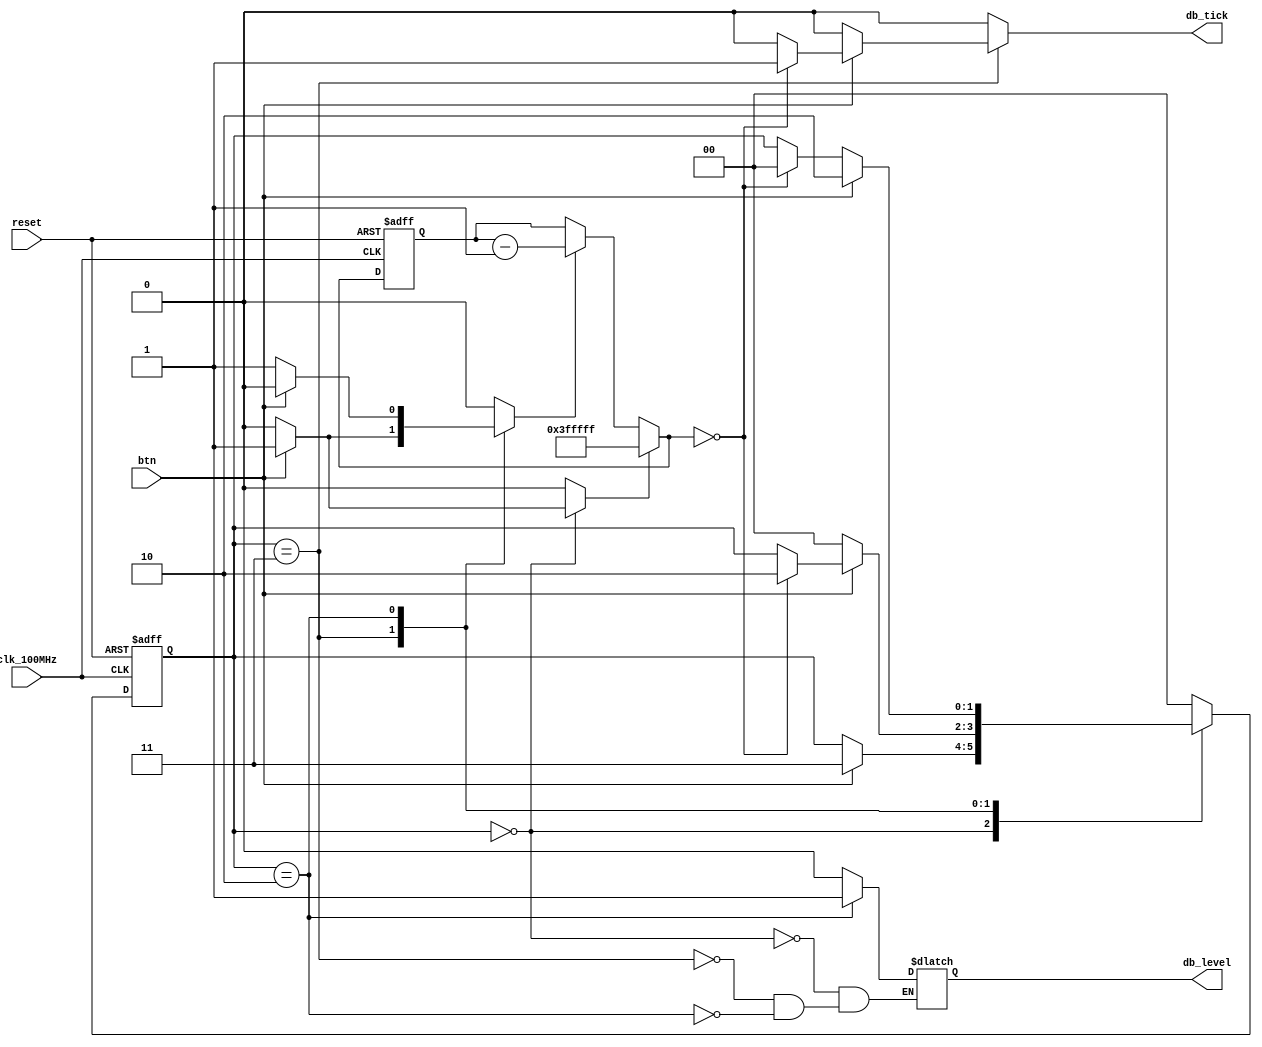
// This program was cloned from: https://github.com/FPGADude/Digital-Design
// License: GNU General Public License v3.0

`timescale 1ns / 1ps
//////////////////////////////////////////////////////////////////////////////////////////
// Reference book:
// "FPGA Prototyping by Verilog Examples"
// "Xilinx Spartan-3 Version"
// Dr. Pong P. Chu
// Wiley
//
// Adapted for Artix-7
// David J. Marion
//
// Comments:
// - From examples in the book, its seems that db_level is used for switches
//   while db_tick is used for buttons
//////////////////////////////////////////////////////////////////////////////////////////

module debounce_explicit(
    input clk_100MHz,
    input reset,
    input btn,              // button input
    output reg db_level,    // for switches
    output reg db_tick      // for buttons
    );
    
    // state declarations
    parameter [1:0] zero  = 2'b00,
                    wait0 = 2'b01,
                    one   = 2'b10,
                    wait1 = 2'b11;
    
    // Artix-7 has a 100MHz clk with a period of 10ns    
    // number of counter bits (2^N * 10ns = ~40ms)
    parameter N = 22;
    
    // signal declaration
    reg [1:0] state_reg, next_state;
    reg [N-1:0] q_reg;
    wire [N-1:0] q_next;
    wire q_zero;
    reg q_load, q_dec;
    
    // body
    // FSMD state and data registers
    always @(posedge clk_100MHz or posedge reset) 
        if(reset) begin
            state_reg <= zero;
            q_reg <= 0;
        end
        else begin
            state_reg <= next_state;
            q_reg <= q_next;
        end
        
    // FSMD data path (counter) next state logic
    assign q_next = (q_load) ? {N{1'b1}} :      // load all 1s
                    (q_dec) ? q_reg - 1  :      // decrement
                     q_reg;                     // no change in q
    
    // status signal
    assign q_zero = (q_next == 0);
    
    // FSMD control path next state logic
    always @* begin
        next_state = state_reg;
        q_load = 1'b0;
        q_dec = 1'b0;
        db_tick = 1'b0;
        
        case(state_reg)
            zero    : begin
                        db_level = 1'b0;
                        if(btn) begin
                            next_state = wait1;
                            q_load = 1'b1;
                        end
            end
            
            wait1   : begin
                        db_level = 1'b0;
                        if(btn) begin
                            q_dec = 1'b1;
                            if(q_zero) begin
                                next_state = one;
                                db_tick = 1'b1;
                            end
                        end
                        else
                            next_state = zero;
            end
            
            one     : begin
                        db_level = 1'b1;
                        if(~btn) begin
                            q_dec = 1'b1;
                            if(q_zero)
                                next_state = zero;
                        end
                        else
                            next_state = one;
            end
            
            default : next_state = zero;
        endcase
    end
        
endmodule